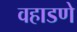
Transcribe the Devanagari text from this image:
वहाडणे